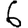
Digit: 6